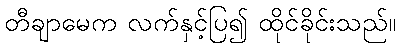
တီချာမေက လက်နှင့်ပြ၍ ထိုင်ခိုင်းသည်။